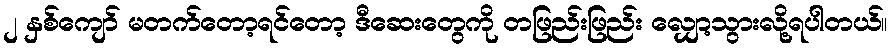
၂ နှစ်ကျော် မတက်တော့ရင်တော့ ဒီဆေးတွေကို တဖြည်းဖြည်း လျှော့သွားလို့ရပါတယ်။